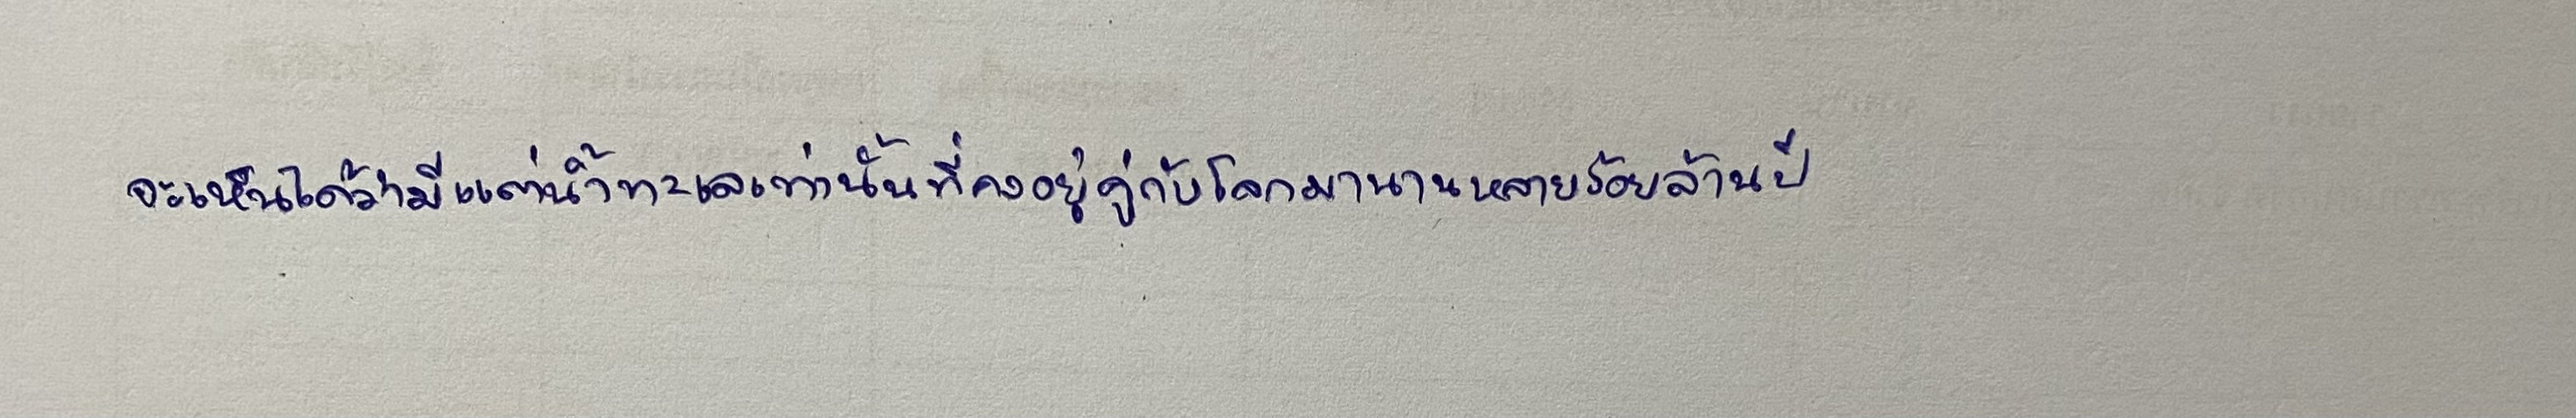
จะเห็นได้ว่ามีแต่น้ำทะเลเท่านั้นที่คงอยู่คู่กับโลกมานานหลายร้อยล้านปี